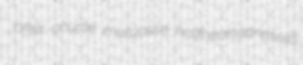
after-course mutualise halfheartednesses